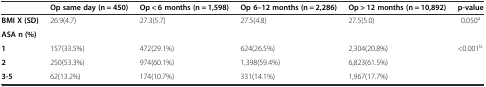
|  | Op same day (n = 450) | Op < 6 months (n = 1,598) | Op 6–12 months (n = 2,286) | Op > 12 months (n = 10,892) | p-value |
 | --- | --- | --- | --- | --- | --- |
 | BMI X (SD) | 26.9(4.7) | 27.3(5.7) | 27.5(4.8) | 27.5(5.0) | 0.050a |
 | ASA n (%) |  |  |  |  |  |
 | 1 | 157(33.5%) | 472(29.1%) | 624(26.5%) | 2,304(20.8%) | <ROWSPAN=3> <0.001b |
 | 2 | 250(53.3%) | 974(60.1%) | 1,398(59.4%) | 6,823(61.5%) |
 | 3-5 | 62(13.2%) | 174(10.7%) | 331(14.1%) | 1,967(17.7%) |